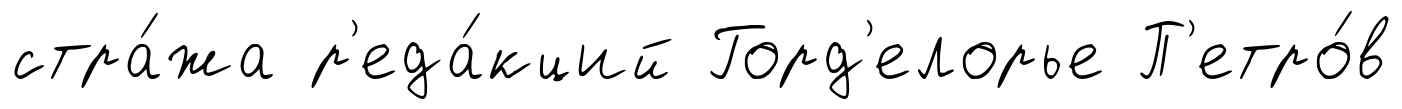
стра́жа р'еда́кций Горд'елорье П'етро́в